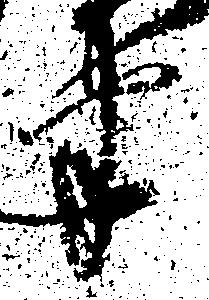
半